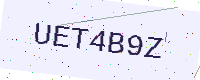
Text: UET4B9Z